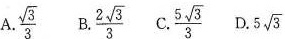
A .\frac{ \sqrt{3}}{3} B.\frac{2\sqrt{3}}{3} C. \frac{5 \sqrt{3}}{3} D.5\sqrt{3}